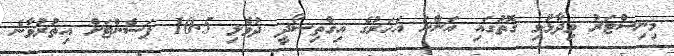
މިނިސްޓަރު ވިދާޅުވި ގޮތުގައި އަންނަ އަހަރުގެ އިގްތިސޯދީ ދުވެލި 10.5 ޕަސެންޓަށް އިތުރުވާނެ